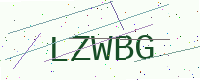
Text: LZWBG